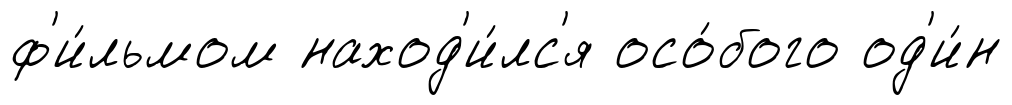
ф'и́льмом наход'и́лс'я осо́бого од'и́н